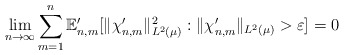
\begin{align*} \lim_{n \to \infty} \sum_{m=1}^n \mathbb{E}_{n,m}' [ \|\chi_{n,m}' \|_{L^2( \mu)}^2 : \|\chi_{n,m}' \|_{L^2(\mu)} > \varepsilon ] = 0\end{align*}